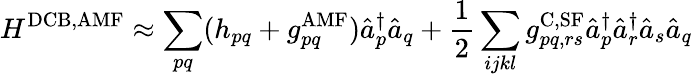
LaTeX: H^{\mathrm{DCB,AMF}}\approx\sum_{pq}(h_{pq}+g_{pq}^{\mathrm{AMF}})\hat{a}_{p}^{\dagger}\hat{a}_{q}+\frac{1}{2}\sum_{ijkl}g_{pq,rs}^{\mathrm{C,SF}}\hat{a}_{p}^{\dagger}\hat{a}_{r}^{\dagger}\hat{a}_{s}\hat{a}_{q}